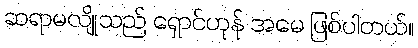
ဆရာမလျိုသည် ရှောင်ဟုန် အမေ ဖြစ်ပါတယ်။